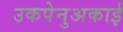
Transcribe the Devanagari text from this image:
उकपेनुअकाई